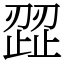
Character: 歰